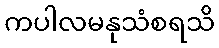
ကပါလမနုသံစရသိ